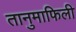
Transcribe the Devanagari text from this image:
तानुमाफिली